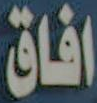
افاق